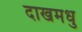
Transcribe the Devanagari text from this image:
दाखमधु